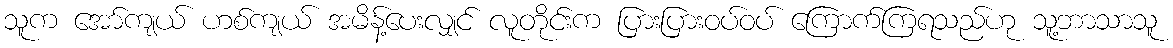
သူက အော်ကျယ် ဟစ်ကျယ် အမိန့်ပေးလျှင် လူတိုင်းက ပြားပြားဝပ်ဝပ် ကြောက်ကြရသည်ဟု သူ့ဘာသာသူ